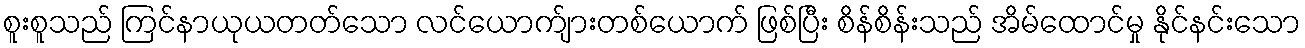
စူးစူသည် ကြင်နာယုယတတ်သော လင်ယောက်ျားတစ်ယောက် ဖြစ်ပြီး စိန်စိန်းသည် အိမ်ထောင်မှု နိုင်နင်းသော